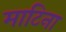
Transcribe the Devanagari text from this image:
माटिना